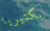
بكتيريا